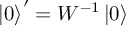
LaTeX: \left| 0 \right> ^ { \prime } = W ^ { - 1 } \left| 0 \right>